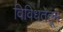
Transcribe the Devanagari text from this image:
विविधतेतून